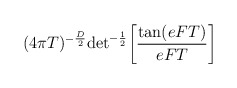
\begin{align*}(4\pi T)^{-{D\over 2}}{\rm det}^{-{1\over 2}}\biggl[{{\rm tan}(eFT)\over eFT}\biggr]\quad \\\end{align*}